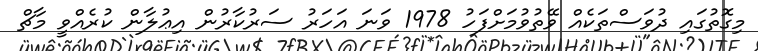
މިގޮތުގައި ދުވަސްތަކެއް ވޭތުވުމަށްފަހު 1978 ވަނަ އަހަރު ސަރުކާރުން އިޢުލާން ކުރެއްވީ މާޗް